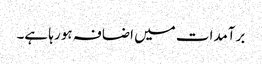
برآمدات میں اضافہ ہو رہا ہے۔